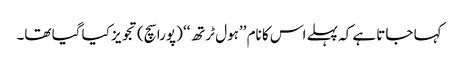
کہا جاتا ہے کہ پہلے اس کا نام ’’ہول ٹرتھ‘‘ (پورا سچ) تجویز کیا گیا تھا۔